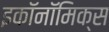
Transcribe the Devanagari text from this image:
इकॉनॉमिक्‍स